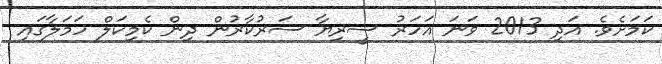
ކަމަށެވެ. އަދި 2013 ވަނަ އަހަރު ސީރިޔާ ސަރުކާރުން ދިން ކެމިކަލް ހަމަލާގައި